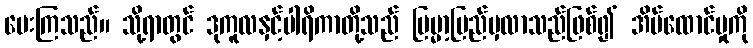
ပေးကြသည်။ သို့ရာတွင် ဒုကူလနှင့်ပါရိကာတို့သည် ဗြမ္မာ့ပြည်မှလာသည်ဖြစ်၍ အိမ်ထောင်မှုကို